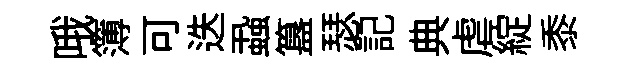
哦簿可迭蝨簋瑟記典虐綻黍